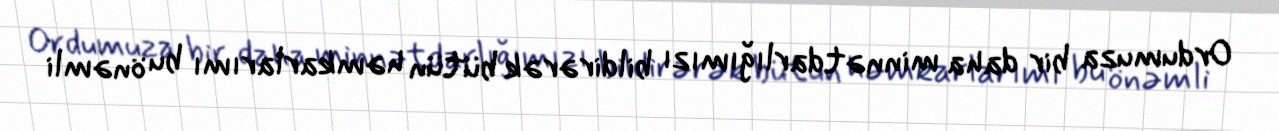
Ordumuza bir daha minnətdarlığımızı bildirərək bütün həmkarlarımı bu önəmli